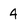
Character: 4